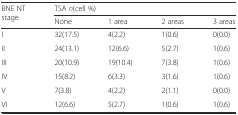
| <ROWSPAN=2> BNE NT stage | <COLSPAN=4> TSA n(cell %) |
 | None | 1 area | 2 areas | 3 areas |
 | --- | --- | --- | --- | --- |
 | I | 32(17.5) | 4(2.2) | 1(0.6) | 0(0.0) |
 | II | 24(13.1) | 12(6.6) | 5(2.7) | 1(0.6) |
 | III | 20(10.9) | 19(10.4) | 7(3.8) | 1(0.6) |
 | IV | 15(8.2) | 6(3.3) | 3(1.6) | 1(0.6) |
 | V | 7(3.8) | 4(2.2) | 2(1.1) | 0(0.0) |
 | VI | 12(6.6) | 5(2.7) | 1(0.6) | 1(0.6) |